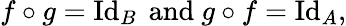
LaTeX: f\circ g=\operatorname{Id}_{B}{\mathrm{~and~}}g\circ f=\operatorname{Id}_{A},